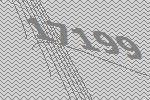
17199